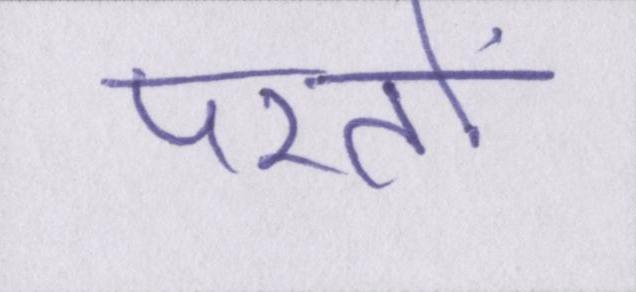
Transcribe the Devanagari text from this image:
परतों